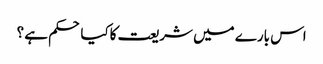
اس بارے میں شریعت کاکیا حکم ہے ؟